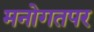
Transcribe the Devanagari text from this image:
मनोगतपर